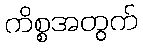
ကိစ္စအတွက်